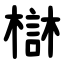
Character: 㯎